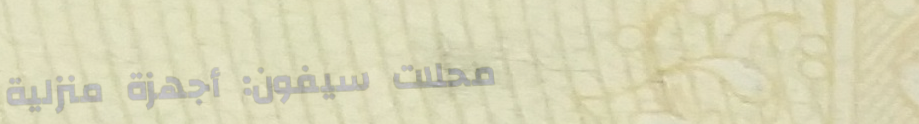
محلات سيفون: أجهزة منزلية